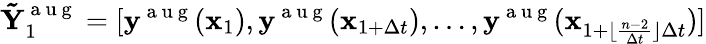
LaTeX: \mathbf{\tilde{Y}}_{1}^{\mathrm{~a~u~g~}}=[\mathbf{y}^{\mathrm{~a~u~g~}}(\mathbf{x}_{1}),\mathbf{y}^{\mathrm{~a~u~g~}}(\mathbf{x}_{1+\Delta t}),\dots,\mathbf{y}^{\mathrm{~a~u~g~}}(\mathbf{x}_{1+\lfloor\frac{n-2}{\Delta t}\rfloor\Delta t})]